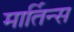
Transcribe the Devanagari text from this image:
मार्तिन्स